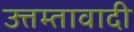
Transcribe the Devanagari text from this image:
उत्तम्तावादी